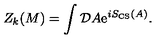
Z _ { k } ( M ) = \int { \cal D } A \mathrm { e } ^ { i S _ { \mathrm { C S } } ( A ) } .